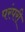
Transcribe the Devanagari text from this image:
परंपरी